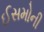
ઈસમોની